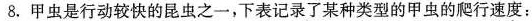
8.甲虫是行动较快的昆虫之一，下表记录了某种类型的甲虫的爬行速度：